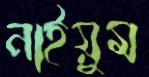
নাইয়ুম